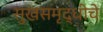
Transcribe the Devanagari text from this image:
सुखसमृद्धीचे